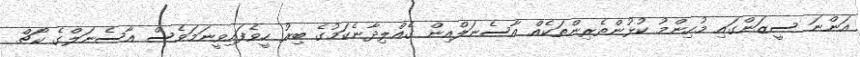
އަންނަ ސީޒަންގައި މުހިންމު ކުޅުންތެރިންތަކެއް އާސެނަލްއިން ގެއްލިދާނެކަމުގެ ބިރު ހީވެފައިވީނަމަވެސް އާސެނަލްގެ ކޯޗް